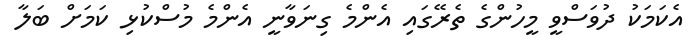
އެކަމަކު ދުވަސްވީ މީހުންގެ ތެރޭގައި އެންމެ ގިނަވާނީ އެންމެ މުސްކުޅި ކަމަށް ބަލާ